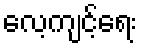
လေ့ကျင့်ရေး